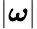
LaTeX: |\boldsymbol\omega|